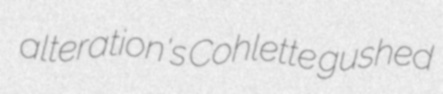
alteration's Cohlette gushed